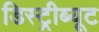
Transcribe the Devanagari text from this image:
डिस्ट्रीब्यूट